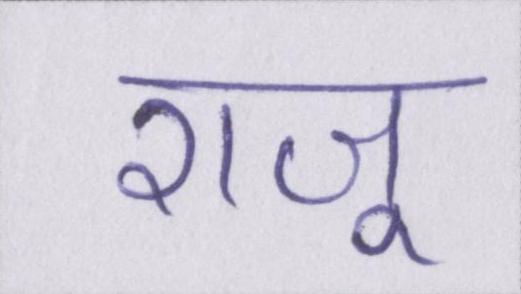
राजू